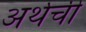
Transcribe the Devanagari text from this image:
अर्थची